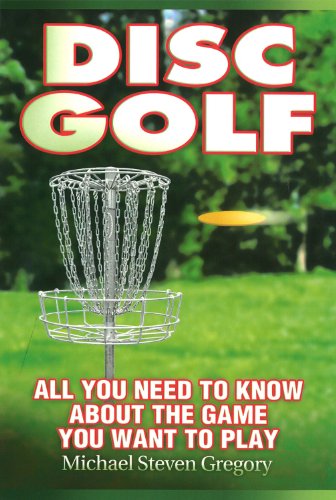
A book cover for Disc Golf: All You Need to Know About the Game You Want to Play; Michael Steven Gregory; Sports & Outdoors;